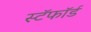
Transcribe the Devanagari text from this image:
स्टॅफॉर्ड